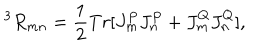
^ 3 R _ { m n } = \frac { 1 } { 2 } T r [ J _ { m } ^ { P } J _ { n } ^ { P } + J _ { m } ^ { Q } J _ { n } ^ { Q } ] ,